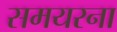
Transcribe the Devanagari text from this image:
समयरना